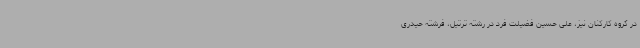
در گروه کارکنان نیز، علی حسین فضیلت فرد در رشته ترتیل، فرشته حیدری